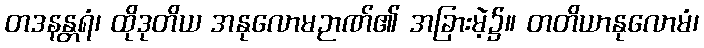
တဒနန္တရံ၊ ထိုဒုတိယ အနုလောမဉာဏ်၏ အခြားမဲ့၌။ တတိယာနုလောမံ၊